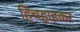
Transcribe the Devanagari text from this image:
हिचहाइकर